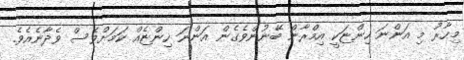
މިހާރު މި އަންނަ ހިންޏަކީ އިމްރާން ބޭނުންވެގެން އަންނަ ހިންޏެއް ކަމަށްވެސް ވެދާނެއެވެ.